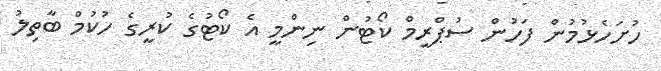
ހުށަހެޅުމުން ފަހުން ސުޕްރީމް ކޯޓުން ނިންމީ އެ ކޯޓުގެ ކުރީގެ ހުކުމް ބާތިލު